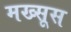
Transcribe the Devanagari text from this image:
मख्सूस